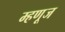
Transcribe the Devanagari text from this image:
म्हणूज